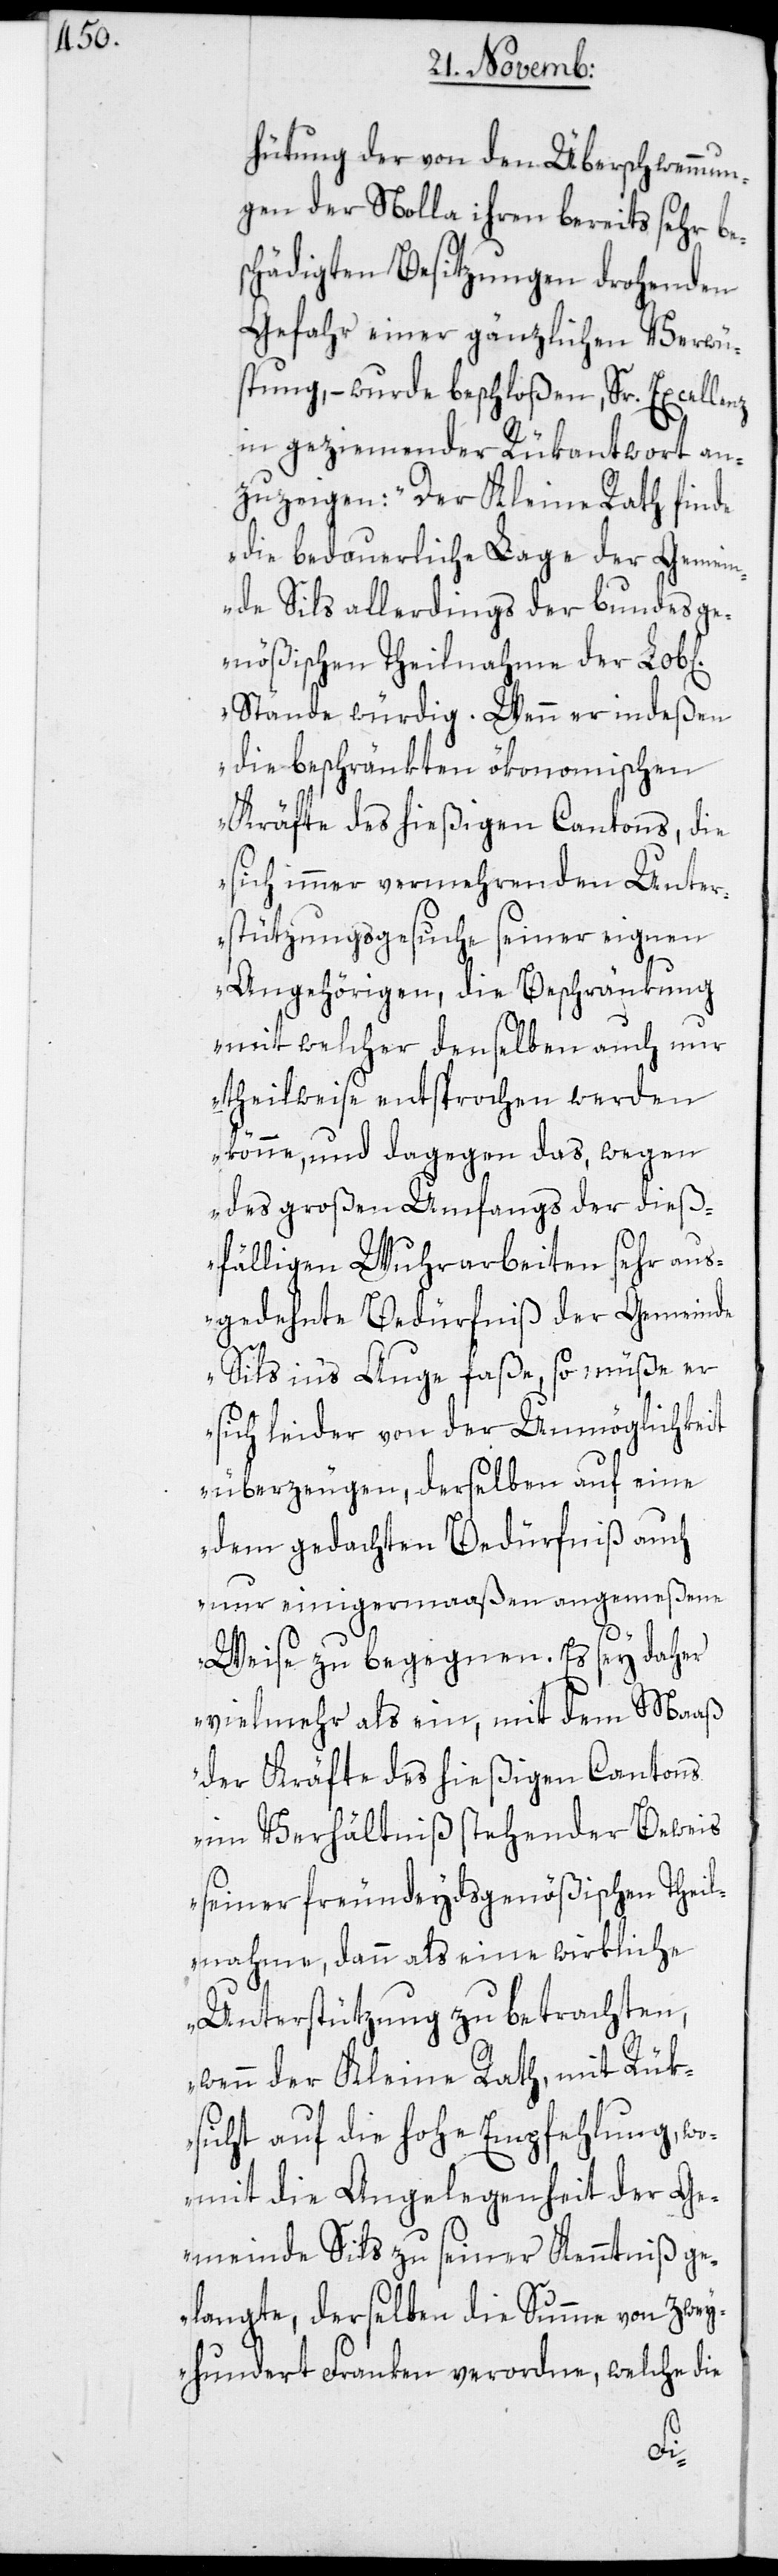
hütung der von den Überschwemmun¬
gen der Nolla ihren bereits sehr be¬
schädigten Besitzungen drohenden
Gefahr einer gänzlichen Verwü¬
stung, – wurde beschloßen, Sr. Excellenz
in geziemender Rükantwort an¬
zuzeigen: „Der Kleine Rath finde
die bedauerliche Lage der Gemei¬
nde Sils allerdings der bundesge¬
nößischen Theilnahme der Lob[l¬
Stände würdig. Wenn er indeßen
die beschränkten ökonomischen
Kräfte des hießigen Cantons, die
sich immer vermehrenden Unter¬
stützungsgesuche seiner eignen
Angehörigen, die Beschränkung
mit welcher denselben auch nur
theilweise entsprochen werden
könne, und dagegen das, wegen
des großen Umfangs der dieß¬
fälligen Wuhrarbeiten sehr aus¬
gedehnte Bedürfniß der Gemeinde
Sils inʼs Auge faße, so müße er
sich leider von der Unmöglichkeit
überzeugen, derselben auf eine
dem gedachten Bedürfniß auch
nur einigermaaßen angemeßene
Weise zu begegnen. Es sey daher
vielmehr als ein, mit dem Maaß
der Kräfte des hießigen Cantons
im Verhältniß stehender Beweis
seiner freundeydsgenößischen Theil¬
nahme, dann als eine wirkliche
Unterstützung zu betrachten,
wenn der Kleine Rath, mit Rük¬
sicht auf die hohe Empfehlung, wo¬
mit die Angelegenheit der Ge¬
meinde Sils zu seiner Kenntniß ge¬
langte, derselben die Summe von zwey¬
hundert Franken verordne, welche die
en]